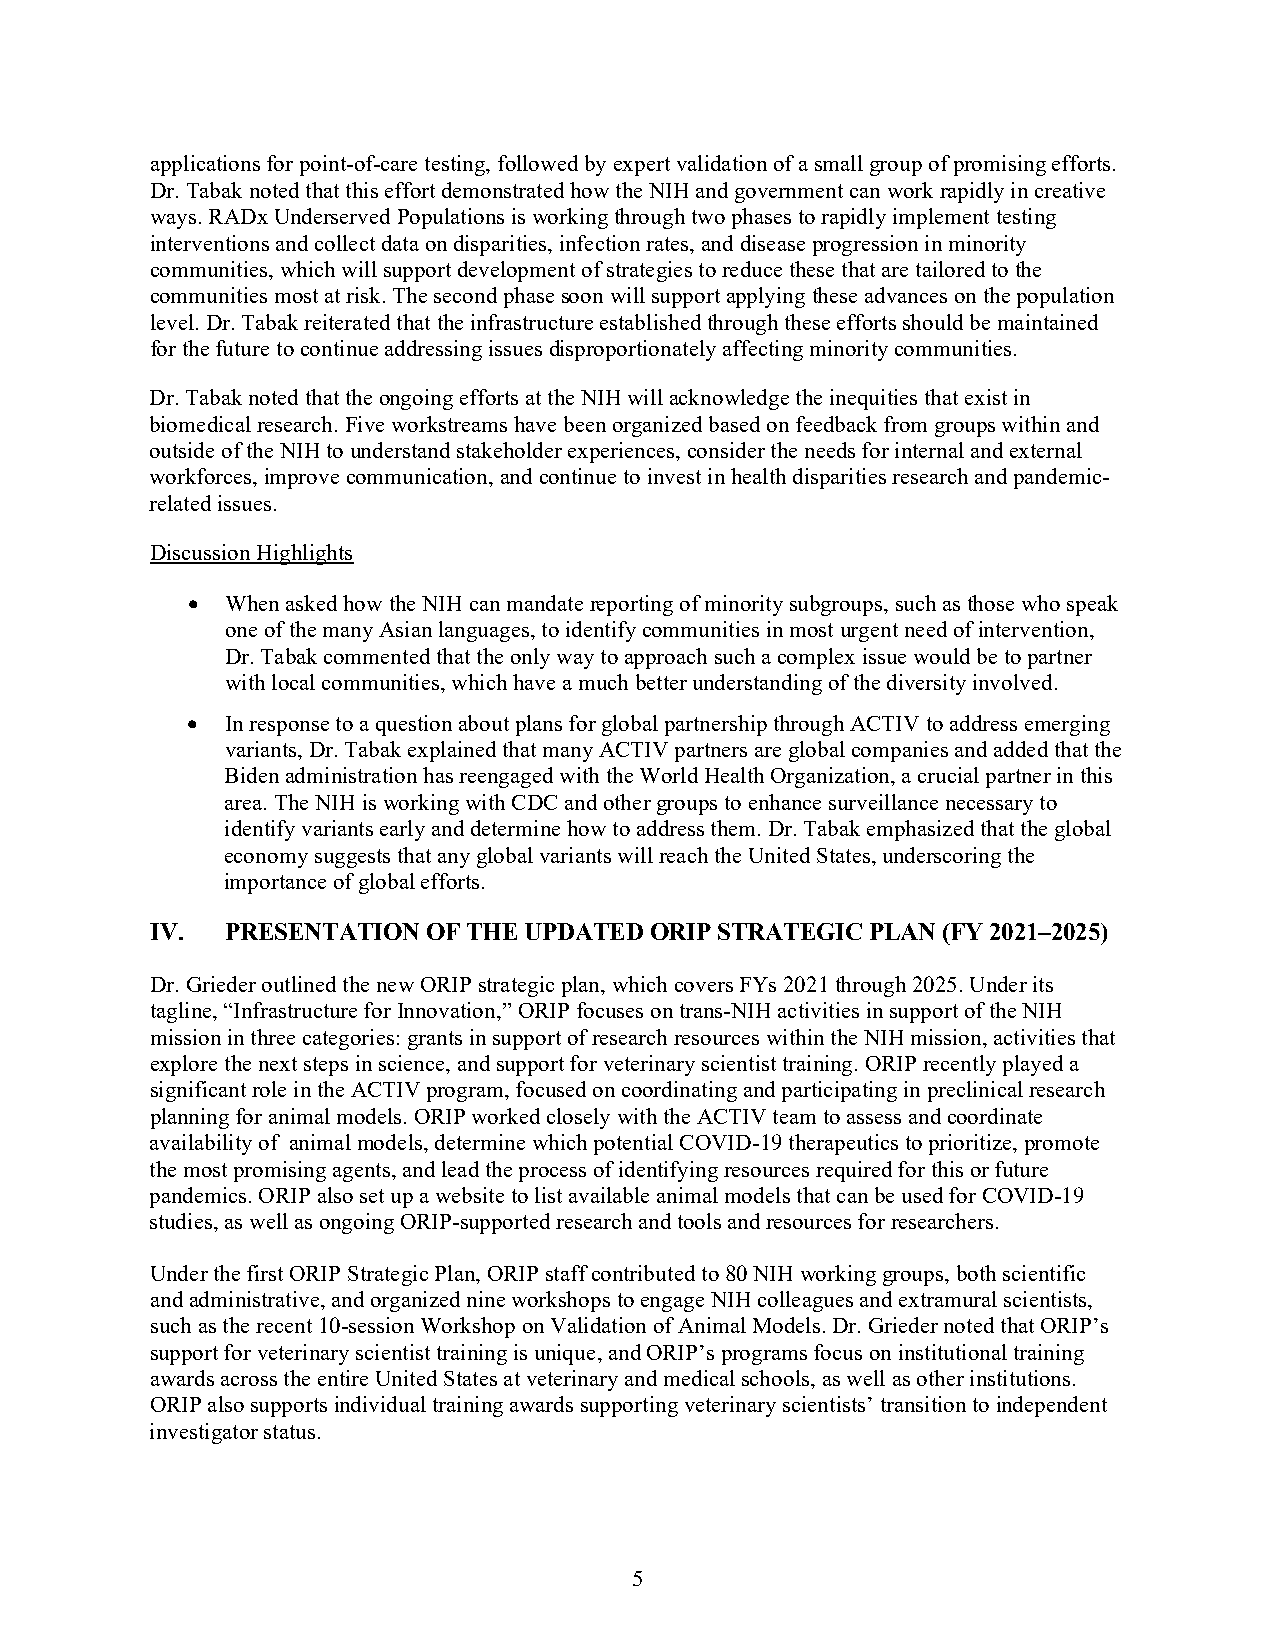
applications for point-of-care testing, followed by expert validation of a small group of promising efforts.
 Dr. Tabak noted that this effort demonstrated how the NIH and government can work rapidly in creative
 ways. RADx Underserved Populations is working through two phases to rapidly implement testing
 interventions and collect data on disparities, infection rates, and disease progression in minority
 communities, which will support development of strategies to reduce these that are tailored to the
 communities most at risk. The second phase soon will support applying these advances on the population
 level. Dr. Tabak reiterated that the infrastructure established through these efforts should be maintained
 for the future to continue addressing issues disproportionately affecting minority communities.
 Dr. Tabak noted that the ongoing efforts at the NIH will acknowledge the inequities that exist in
 biomedical research. Five workstreams have been organized based on feedback from groups within and
 outside of the NIH to understand stakeholder experiences, consider the needs for internal and external
 workforces, improve communication, and continue to invest in health disparities research and pandemic-
 related issues.
 Discussion Highlights
 •  When asked how the NIH can mandate reporting of minority subgroups, such as those who speak
 one of the many Asian languages, to identify communities in most urgent need of intervention,
 Dr. Tabak commented that the only way to approach such a complex issue would be to partner
 with local communities, which have a much better understanding of the diversity involved.
 •  In response to a question about plans for global partnership through ACTIV to address emerging
 variants, Dr. Tabak explained that many ACTIV partners are global companies and added that the
 Biden administration has reengaged with the World Health Organization, a crucial partner in this
 area. The NIH is working with CDC and other groups to enhance surveillance necessary to
 identify variants early and determine how to address them. Dr. Tabak emphasized that the global
 economy suggests that any global variants will reach the United States, underscoring the
 importance of global efforts.
 IV.  PRESENTATION OF THE UPDATED ORIP STRATEGIC PLAN (FY 2021–2025)
 Dr. Grieder outlined the new ORIP strategic plan, which covers FYs 2021 through 2025. Under its
 tagline, “Infrastructure for Innovation,” ORIP focuses on trans-NIH activities in support of the NIH
 mission in three categories: grants in support of research resources within the NIH mission, activities that
 explore the next steps in science, and support for veterinary scientist training. ORIP recently played a
 significant role in the ACTIV program, focused on coordinating and participating in preclinical research
 planning for animal models. ORIP worked closely with the ACTIV team to assess and coordinate
 availability of animal models, determine which potential COVID-19 therapeutics to prioritize, promote
 the most promising agents, and lead the process of identifying resources required for this or future
 pandemics. ORIP also set up a website to list available animal models that can be used for COVID-19
 studies, as well as ongoing ORIP-supported research and tools and resources for researchers.
 Under the first ORIP Strategic Plan, ORIP staff contributed to 80 NIH working groups, both scientific
 and administrative, and organized nine workshops to engage NIH colleagues and extramural scientists,
 such as the recent 10-session Workshop on Validation of Animal Models. Dr. Grieder noted that ORIP’s
 support for veterinary scientist training is unique, and ORIP’s programs focus on institutional training
 awards across the entire United States at veterinary and medical schools, as well as other institutions.
 ORIP also supports individual training awards supporting veterinary scientists’ transition to independent
 investigator status.
 5